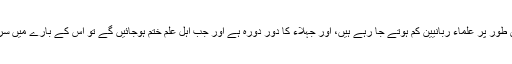
آج کے دور میں بھی دیکھا جائے تو اہل علم اور خاص طور پر علماء ربانیین کم ہوتے جا رہے ہیں، اور جہلاء کا دور دورہ ہے اور جب اہل علم ختم ہوجائیں گے تو اس کے بارے میں سرکار دوعالم ﷺ نے پیشن گوئی کرتے ہوئے فرمایا تھا۔